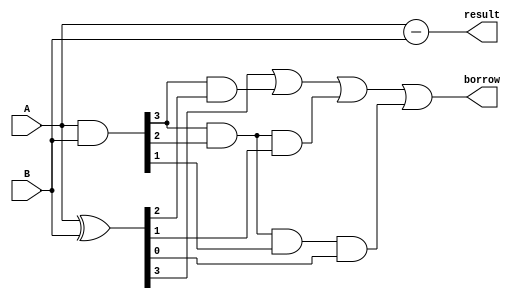
module subtractor (
    input [3:0] A,
    input [3:0] B,
    output [3:0] result,
    output borrow
);

// Define internal wires for borrow propagation
wire [3:0] borrow_propagate;
wire [3:0] borrow_generate;

// XOR gate for borrow generation
assign borrow_generate = A ^ B;

// AND gate for borrow propagation
assign borrow_propagate = A & B;

// Subtraction logic
assign result = A - B;

// Calculate borrow output
assign borrow = borrow_generate[3] | (borrow_propagate[3] & borrow_generate[2]) | 
                (borrow_propagate[3] & borrow_propagate[2] & borrow_generate[1]) | 
                (borrow_propagate[3] & borrow_propagate[2] & borrow_propagate[1] & borrow_generate[0]);

endmodule